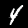
Digit: 4